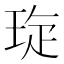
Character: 琁